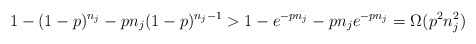
\begin{align*} 1 - (1-p)^{n_j} - pn_j(1-p)^{n_j-1} &> 1 - e^{-pn_j} - pn_je^{-pn_j} = \Omega(p^2n_j^2) \end{align*}